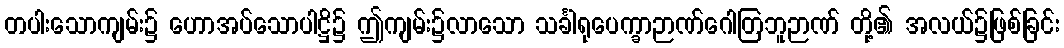
တပါးသောကျမ်း၌ ဟောအပ်သောပါဋ္ဌိ၌ ဤကျမ်း၌လာသော သင်္ခါရုပေက္ခာဉာဏ်ဂေါတြဘူဉာဏ် တို့၏ အလယ်၌ဖြစ်ခြင်း